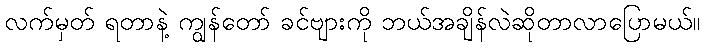
လက်မှတ် ရတာနဲ့ ကျွန်တော် ခင်ဗျားကို ဘယ်အချိန်လဲဆိုတာလာပြောမယ်။